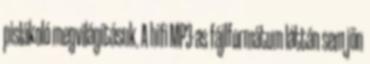
pislákoló megvilágításuk. A hifi MP3-as fájlformátum láttán sem jön